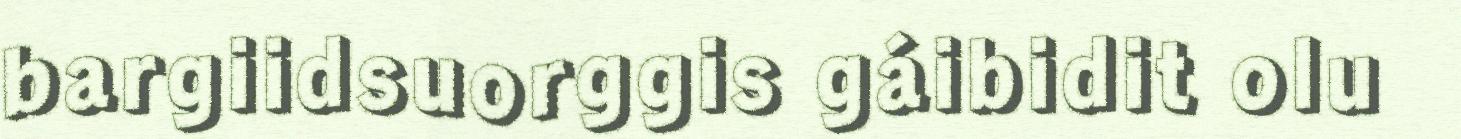
bargiidsuorggis gáibidit olu